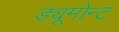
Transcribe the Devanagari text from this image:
ड्यूमोन्ट